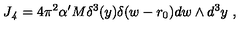
J _ { \it 4 } = 4 \pi ^ { 2 } \alpha ^ { \prime } M \delta ^ { 3 } ( y ) \delta ( w - r _ { 0 } ) d w \wedge d ^ { 3 } y \ ,